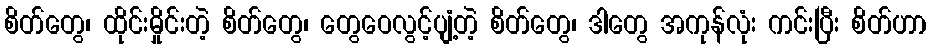
စိတ်တွေ၊ ထိုင်းမှိုင်းတဲ့ စိတ်တွေ၊ တွေဝေလွင့်ပျံ့တဲ့ စိတ်တွေ၊ ဒါတွေ အကုန်လုံး ကင်းပြီး စိတ်ဟာ